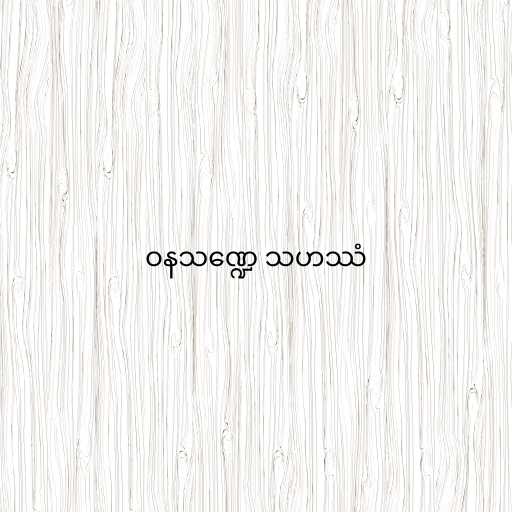
ဝနသဏ္ဍေ သဟဿံ